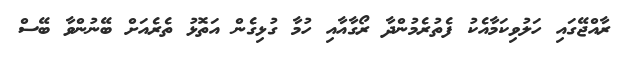
ރާއްޖޭގައި ހަލުވިކަމާއެކު ފެތުރެމުންދާ ރޯގާއާއި ހުމާ ގުޅިގެން އަތޮޅު ތެރެއަށް ބޭނުންވާ ބޭސް